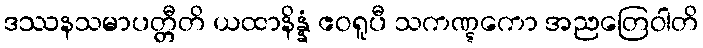
ဒဿနသမာပတ္တီတိ ယထာနိန္နံ ဧဝရူပီ သကဏ္ဋကော အညတြေဝါတိ